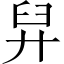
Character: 舁